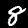
Label: 8